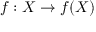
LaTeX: f : X \to f ( X )